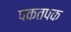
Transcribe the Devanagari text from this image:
पकतपक